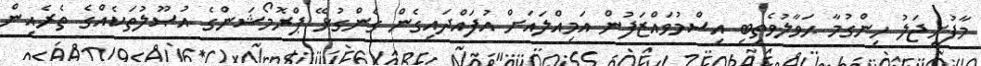
މާފުށީޖަލު ހިންގުމާ ޙަވާލުވެތިބި އިސްމުވައްޒަފުން އަމިއްލައަށް އުފައްދައިގެން ގެންގުޅޭ ޕްރޮމޯޝަންގެ އުޞޫލުތަކެއްގެ ތެރެއިން